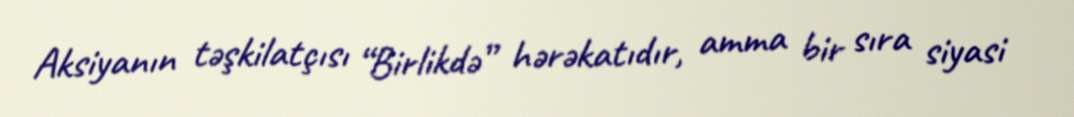
Aksiyanın təşkilatçısı “Birlikdə” hərəkatıdır, amma bir sıra siyasi